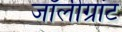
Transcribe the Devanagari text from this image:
जॉलीग्रांट